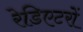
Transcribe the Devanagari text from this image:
रेडिएटरों